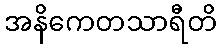
အနိကေတသာရီတိ